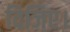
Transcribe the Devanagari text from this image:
दिजिए।